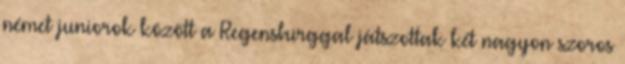
német juniorok között a Regensburggal játszottak két nagyon szoros